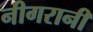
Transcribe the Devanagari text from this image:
नीगरानी